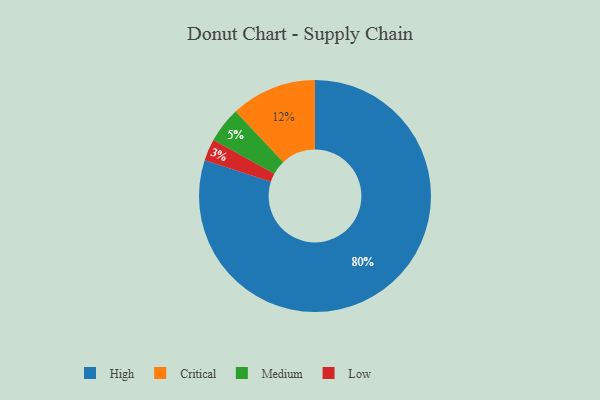
{"axis": {"x": "Category", "y": "Percentage"}, "legend": ["Critical", "High", "Low", "Medium"], "data": [{"x": "Critical", "y": 12, "type": "Critical"}, {"x": "Low", "y": 3, "type": "Low"}, {"x": "High", "y": 80, "type": "High"}, {"x": "Medium", "y": 5, "type": "Medium"}]}